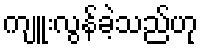
ကျူးလွန်ခဲ့သည်ဟု